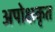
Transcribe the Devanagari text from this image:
अपोक्षकृत